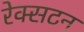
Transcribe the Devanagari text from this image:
रेक्सटन